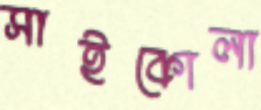
সাইকোলা